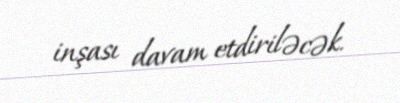
inşası davam etdiriləcək.